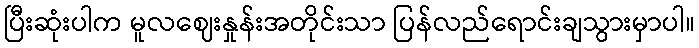
ပြီးဆုံးပါက မူလဈေးနှုန်းအတိုင်းသာ ပြန်လည်ရောင်းချသွားမှာပါ။